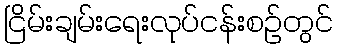
ငြိမ်းချမ်းရေးလုပ်ငန်းစဉ်တွင်